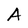
Character: A